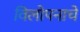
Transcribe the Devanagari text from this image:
विलोपनाचे